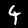
Label: 4